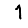
Digit: 1